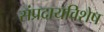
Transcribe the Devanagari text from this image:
संप्रदायविशेष